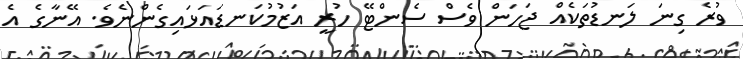
ވުރެ ގިނަ ލަނޑުތަކެއް ޖަހަން ވެސް ސެންޓޭ ހުރީ އަޒުމުކަނޑައަޅައިގެންނެވެ. އޭނާގެ އެ